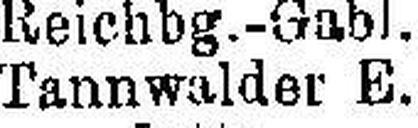
Tannwalder E.